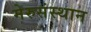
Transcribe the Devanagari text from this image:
मेरुसंस्थान